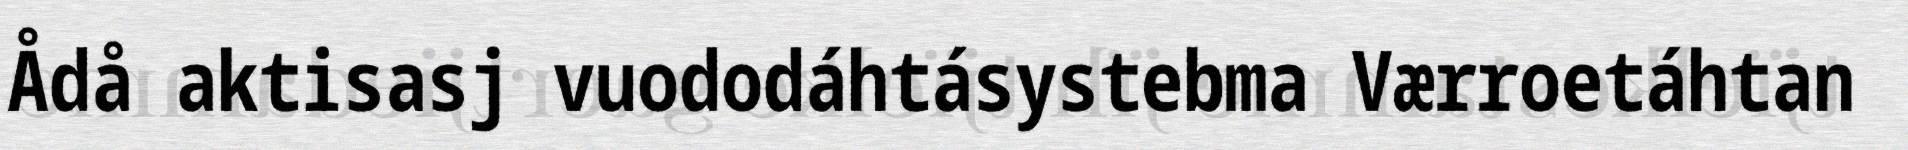
Ådå aktisasj vuododáhtásystebma Værroetáhtan